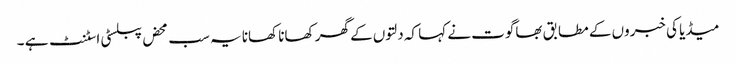
میڈیا کی خبروں کے مطابق بھاگوت نے کہا کہ دلتوں کے گھر کھانا کھانا یہ سب محض پبلسٹی اسٹنٹ ہے ۔